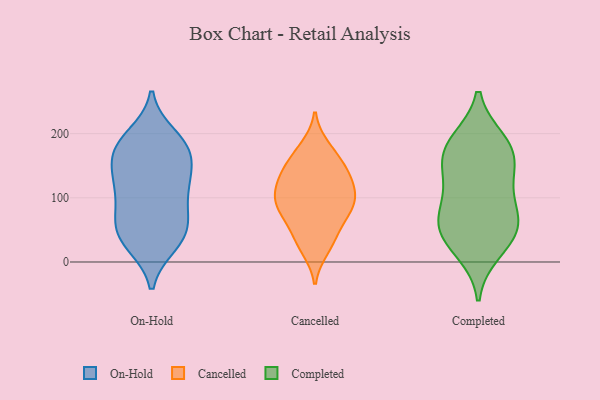
{"axis": {"x": "Website Visitors", "y": "Value"}, "legend": ["Cancelled", "Completed", "On-Hold"], "data": [{"x": "", "y": 105, "type": "On-Hold"}, {"x": "", "y": 110, "type": "On-Hold"}, {"x": "", "y": 174, "type": "On-Hold"}, {"x": "", "y": 133, "type": "On-Hold"}, {"x": "", "y": 128, "type": "On-Hold"}, {"x": "", "y": 162, "type": "On-Hold"}, {"x": "", "y": 173, "type": "On-Hold"}, {"x": "", "y": 196, "type": "On-Hold"}, {"x": "", "y": 46, "type": "On-Hold"}, {"x": "", "y": 30, "type": "On-Hold"}, {"x": "", "y": 37, "type": "On-Hold"}, {"x": "", "y": 182, "type": "On-Hold"}, {"x": "", "y": 62, "type": "On-Hold"}, {"x": "", "y": 74, "type": "On-Hold"}, {"x": "", "y": 130, "type": "On-Hold"}, {"x": "", "y": 65, "type": "On-Hold"}, {"x": "", "y": 28, "type": "On-Hold"}, {"x": "", "y": 184, "type": "On-Hold"}, {"x": "", "y": 95, "type": "Cancelled"}, {"x": "", "y": 130, "type": "Cancelled"}, {"x": "", "y": 49, "type": "Cancelled"}, {"x": "", "y": 20, "type": "Cancelled"}, {"x": "", "y": 32, "type": "Cancelled"}, {"x": "", "y": 149, "type": "Cancelled"}, {"x": "", "y": 166, "type": "Cancelled"}, {"x": "", "y": 103, "type": "Cancelled"}, {"x": "", "y": 77, "type": "Cancelled"}, {"x": "", "y": 135, "type": "Cancelled"}, {"x": "", "y": 179, "type": "Cancelled"}, {"x": "", "y": 74, "type": "Cancelled"}, {"x": "", "y": 129, "type": "Cancelled"}, {"x": "", "y": 89, "type": "Cancelled"}, {"x": "", "y": 102, "type": "Cancelled"}, {"x": "", "y": 67, "type": "Completed"}, {"x": "", "y": 159, "type": "Completed"}, {"x": "", "y": 187, "type": "Completed"}, {"x": "", "y": 18, "type": "Completed"}, {"x": "", "y": 85, "type": "Completed"}, {"x": "", "y": 137, "type": "Completed"}, {"x": "", "y": 115, "type": "Completed"}, {"x": "", "y": 180, "type": "Completed"}, {"x": "", "y": 47, "type": "Completed"}, {"x": "", "y": 174, "type": "Completed"}, {"x": "", "y": 43, "type": "Completed"}, {"x": "", "y": 56, "type": "Completed"}]}